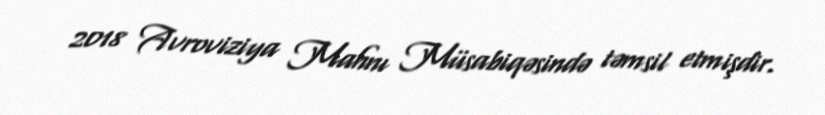
2018 Avroviziya Mahnı Müsabiqəsində təmsil etmişdir.